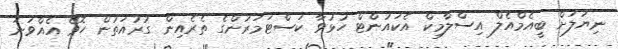
ނިޔަލަށް ބީއެމްއެލް އިސްލާމިކް އެކައުންޓް ހުޅުވާ ކަސްޓަމަރުންގެ ތެރެއިން ގުރުއަތުން ހޮވޭ އެއްވަނަ